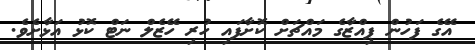
އޭގެ ފަހުން ޕިއްޒާގެ މައްޗަށް ކޮށާފައި ހުރި ހޭޒެލް ނަޓް ކޮޅު އަޅާށެވެ.